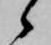
候